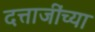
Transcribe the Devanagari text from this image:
दत्ताजींच्या